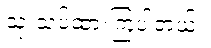
သုံးသပ်ထားကြပါတယ်။